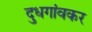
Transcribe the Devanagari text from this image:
दुधगांवकर